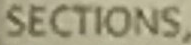
SECTIONS